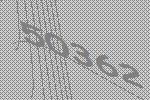
50362